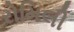
રોમિલી